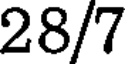
28/7